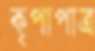
কৃপাপাত্র